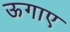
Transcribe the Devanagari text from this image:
ऊगाए